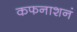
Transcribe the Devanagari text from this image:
कफनाशनं